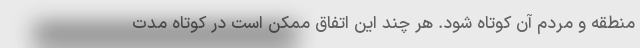
منطقه و مردم آن کوتاه شود. هر چند این اتفاق ممکن است در کوتاه مدت